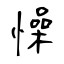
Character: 懆